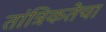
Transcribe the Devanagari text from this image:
तांत्रिकतेचा